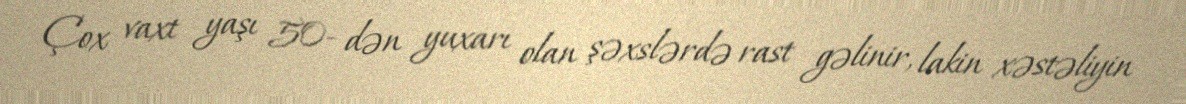
Çox vaxt yaşı 50- dən yuxarı olan şəxslərdə rast gəlinir, lakin xəstəliyin